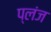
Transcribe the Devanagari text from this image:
प्लंज